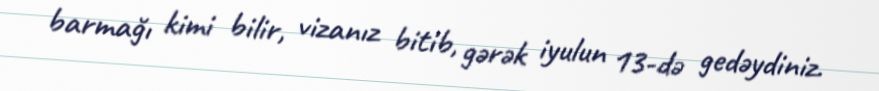
barmağı kimi bilir, vizanız bitib, gərək iyulun 13-də gedəydiniz.